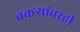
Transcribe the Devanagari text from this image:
बकऱ्यांवरही